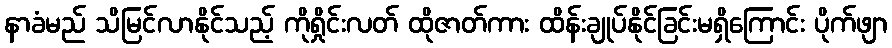
နာခံမည် သိမြင်လာနိုင်သည့် ကိုရှိုင်းလတ် ထိုဇာတ်ကား ထိန်းချုပ်နိုင်ခြင်းမရှိကြောင်း ပိုက်ဖျာ